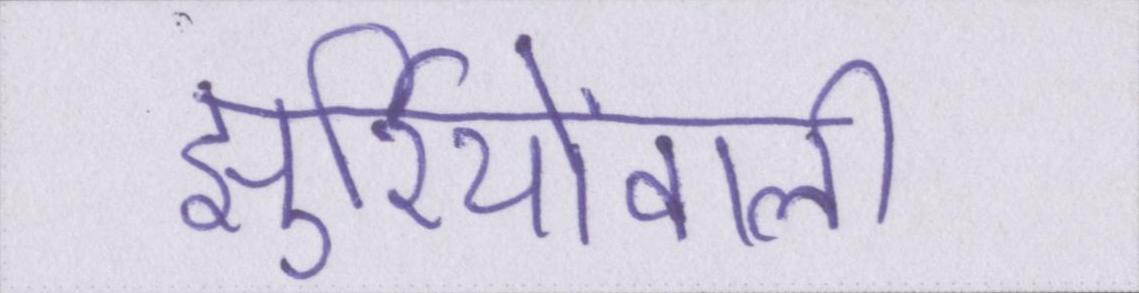
झुर्रियोंवाली